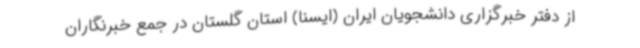
از دفتر خبرگزاری دانشجویان ایران (ایسنا) استان گلستان در جمع خبرنگاران